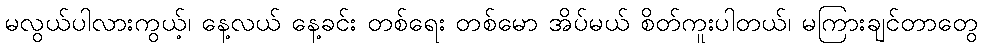
မလွယ်ပါလားကွယ့်၊ နေ့လယ် နေ့ခင်း တစ်ရေး တစ်မော အိပ်မယ် စိတ်ကူးပါတယ်၊ မကြားချင်တာတွေ